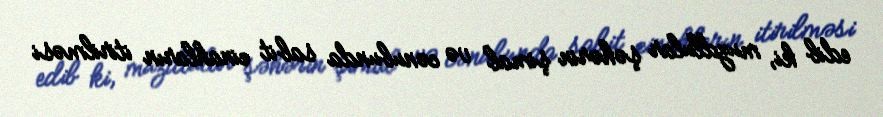
edib ki, muzdlular şəhərin şimal və cənubunda sabit cinahların itirilməsi